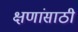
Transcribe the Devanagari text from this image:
क्षणांसाठी